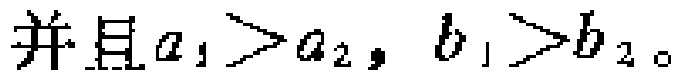
并且\(a_{1}>a_{2}, b_{1}>b_{2}\)。